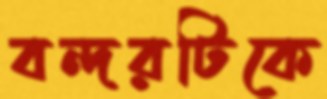
বন্দরটিকে